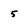
Character: 5